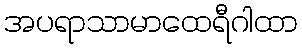
အပရာသာမာထေရီဂါထာ